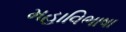
મહાવિભાષા